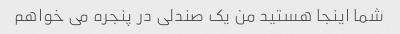
شما اینجا هستید من یک صندلی در پنجره می خواهم